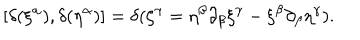
[ \delta ( \xi ^ { \alpha } ) , \delta ( \eta ^ { \alpha } ) ] = \delta ( \zeta ^ { \gamma } = \eta ^ { \beta } \partial _ { \beta } \xi ^ { \gamma } - \xi ^ { \beta } \partial _ { \beta } \eta ^ { \gamma } ) .